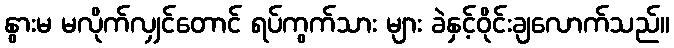
နွားမ မလိုက်လျှင်တောင် ရပ်ကွက်သား များ ခဲနှင့်ဝိုင်းချလောက်သည်။